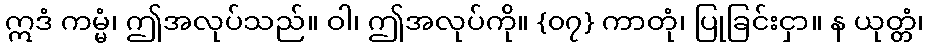
ဣဒံ ကမ္မံ၊ ဤအလုပ်သည်။ ဝါ၊ ဤအလုပ်ကို။ {၀၇} ကာတုံ၊ ပြုခြင်းငှာ။ န ယုတ္တံ၊